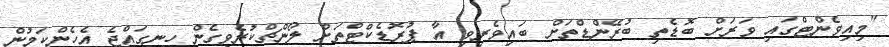
"މިއިވެންޓްގައި ވަރަށް ބޮޑެތި ބުރޭންޑްތަށް ބައިވެރިވި އާ ޕުރޮޑެކްޓްތަށް ލޯންޗްކުރެވިގެން ހިނގައްޖެ އެހެންކަމުން